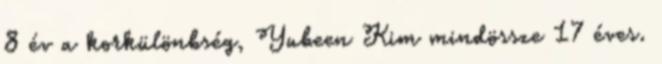
8 év a korkülönbség, Yubeen Kim mindössze 17 éves.